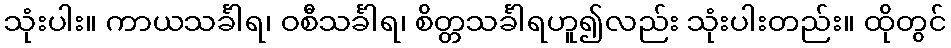
သုံးပါး။ ကာယသင်္ခါရ၊ ဝစီသင်္ခါရ၊ စိတ္တသင်္ခါရဟူ၍လည်း သုံးပါးတည်း။ ထိုတွင်